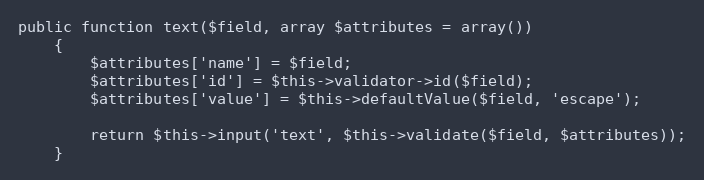
Language: PHP
public function text($field, array $attributes = array())
    {
        $attributes['name'] = $field;
        $attributes['id'] = $this->validator->id($field);
        $attributes['value'] = $this->defaultValue($field, 'escape');

        return $this->input('text', $this->validate($field, $attributes));
    }